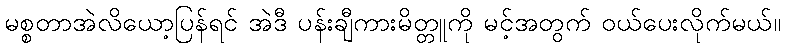
မစ္စတာအဲလိယော့ပြန်ရင် အဲဒီ ပန်းချီကားမိတ္တူကို မင့်အတွက် ဝယ်ပေးလိုက်မယ်။